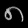
Digit: ၈